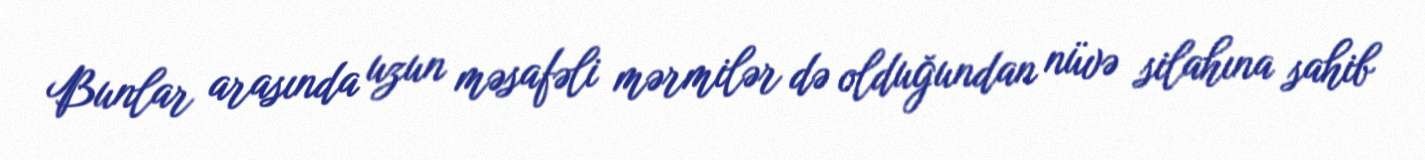
Bunlar arasında uzun məsafəli mərmilər də olduğundan nüvə silahına sahib